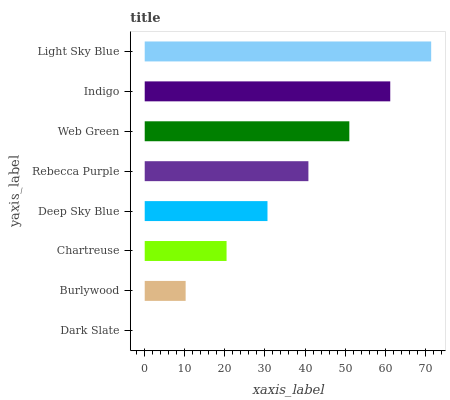
| yaxis_label | bars |
 | --- | --- |
 | Dark Slate | 0 |
 | Burlywood | 10.2 |
 | Chartreuse | 20.4 |
 | Deep Sky Blue | 30.6 |
 | Rebecca Purple | 40.8 |
 | Web Green | 51.1 |
 | Indigo | 61.3 |
 | Light Sky Blue | 71.5 |